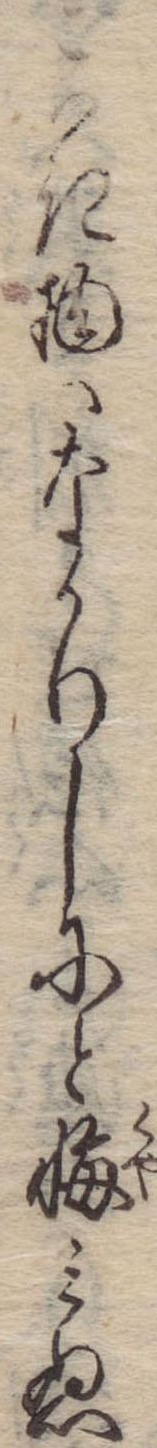
こはき物はなかりしにと悔みぬ